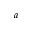
^ a